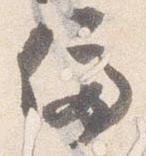
停